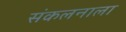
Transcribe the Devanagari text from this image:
संकलनाला